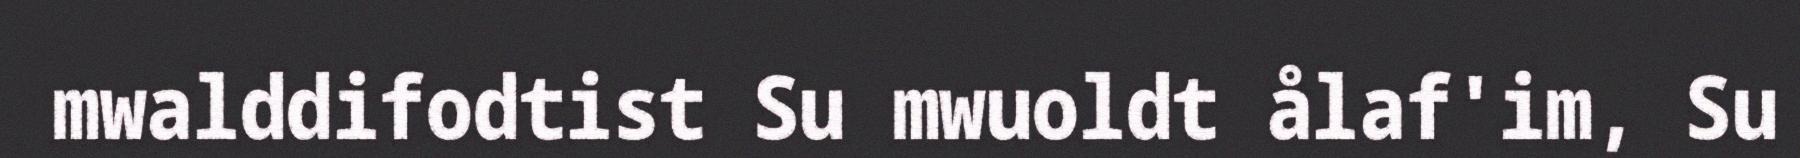
mwalddifodtist Su mwuoldt ålaf'im, Su